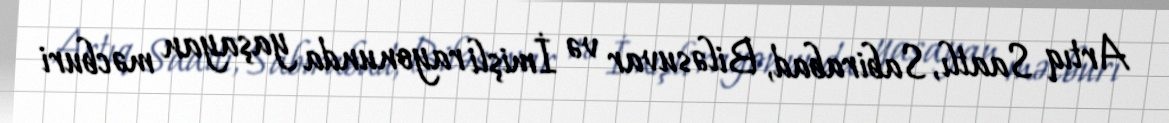
Artıq Saatlı, Sabirabad, Biləsuvar və İmişli rayonunda yaşayan məcburi